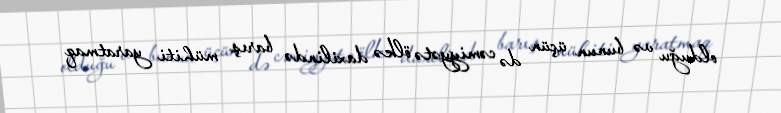
olduğu və bunun üçün də cəmiyyətə ölkə daxilində barış mühiti yaratmaq